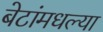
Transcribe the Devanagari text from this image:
बेटांमधल्या